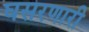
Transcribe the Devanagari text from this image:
घसरणारी